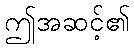
ဤအဆင့်၏